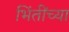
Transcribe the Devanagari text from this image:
भिंतींच्या